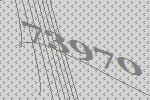
73970